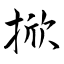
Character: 掀